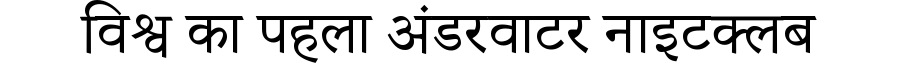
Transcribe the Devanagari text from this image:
विश्व का पहला अंडरवाटर नाइटक्लब